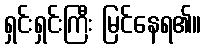
ရှင်းရှင်းကြီး မြင်နေရ၏။